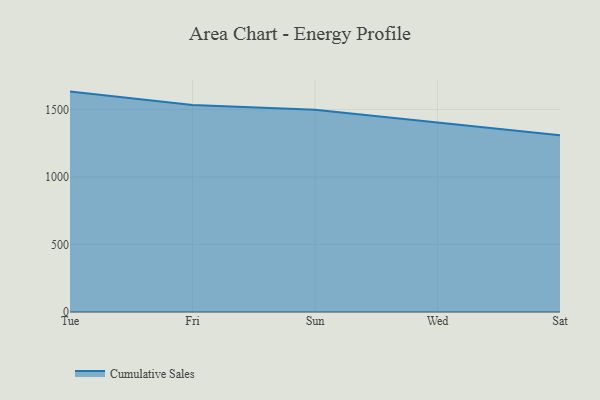
{"axis": {"x": "Day", "y": "Satisfaction Score"}, "legend": ["Cumulative Sales"], "data": [{"x": "Tue", "y": 1632.7, "type": "Cumulative Sales"}, {"x": "Fri", "y": 1534.0, "type": "Cumulative Sales"}, {"x": "Sun", "y": 1497.8, "type": "Cumulative Sales"}, {"x": "Wed", "y": 1403.5, "type": "Cumulative Sales"}, {"x": "Sat", "y": 1308.9, "type": "Cumulative Sales"}]}